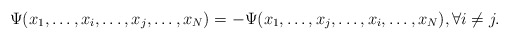
\begin{align*} \Psi(x_1,\dots,x_i,\dots,x_j,\dots,x_N)= - \Psi(x_1,\dots,x_j,\dots,x_i,\dots,x_N),\forall i\ne j.\end{align*}